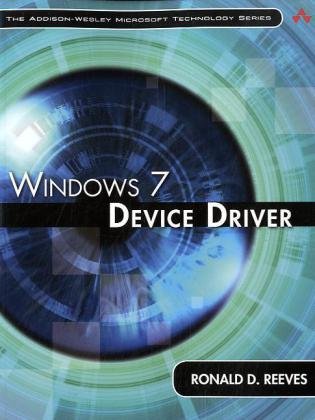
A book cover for Windows 7 Device Driver (Addison-Wesley Microsoft Technology Series); Ronald D. Reeves Ph.D.; Computers & Technology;